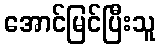
အောင်မြင်ပြီးသူ